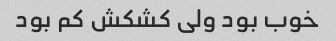
خوب بود ولی کشکش‌ کم بود